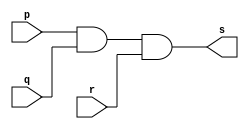
// ------------------------- 
// Exercicio0008 - NOR
// Nome: Marcio Santana Correa 
// ------------------------- 
// ------------------------- 
// -- and gate 
// ------------------------- 
module andgate ( output s, input p, input q, input r ); 
assign s = p & q & r; 
endmodule // andgate 
// --------------------- 
// -- test and gate 
// --------------------- 
module testandgate; 
// ------------------------- dados locais 
reg a;
reg b;
reg c; // definir registradores 
wire s; // definir conexao (fio) 
// ------------------------- instancia 
andgate AND1 (s, a, b, c);
// ------------------------- preparacao 
initial begin:start 
// atribuicao simultanea 
// dos valores iniciais 
a=0; b=0; c=0;
end 
// ------------------------- parte principal 
initial begin 
$display("Exercicio0008 - Marcio Santana correa - 345368"); 
$display("Test AND gate com 3 entradas."); 
$display("\na & b & c = s\n"); 
a=0; b=0; c=0;
$monitor("%b & %b & %b = %b", a, b, c, s); 
#1 a=0; b=0; c=1;
#1 a=0; b=1; c=0;
#1 a=0; b=1; c=1;
#1 a=1; b=0; c=0;
#1 a=1; b=0; c=1;
#1 a=1; b=1; c=0;
#1 a=1; b=1; c=1;
end 
endmodule // testandgate